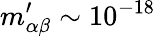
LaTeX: m_{\alpha\beta}^{\prime}\sim 10^{-18}